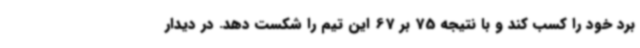
برد خود را کسب کند و با نتیجه 75 بر 67 این تیم را شکست دهد. در دیدار